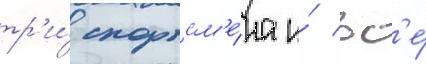
тр'и́ спортсм'е́на и́ вс'е́